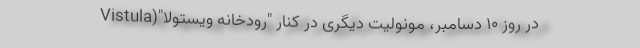
در روز ۱۰ دسامبر، مونولیت دیگری در کنار "رودخانه ویستولا"(Vistula